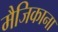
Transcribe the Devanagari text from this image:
मैजिकाना